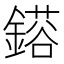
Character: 𮢴